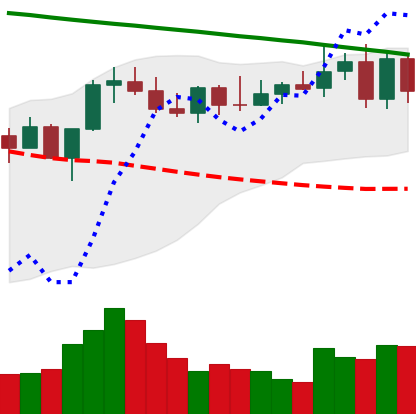
Ticker: XMR-USD
Chart end date: 2022-08-11
Forward return: 6.126%
Label: up_5_7